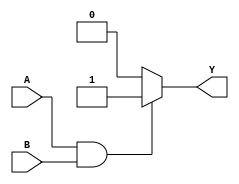
module AND_2_behavioral (output reg Y, input A, B);
always @ (A or B) begin
    if (A == 1'b1 & B == 1'b1) begin
        Y = 1'b1;
    end
    else 
        Y = 1'b0; 
end
endmodule

module AND_2_behavioral_tb;
reg A, B;
wire Y;
AND_2_behavioral Indtance0 (Y, A, B);
initial begin
    A = 0; B = 0;
 #1 A = 0; B = 1;
 #1 A = 1; B = 0;
 #1 A = 1; B = 1;
end
initial begin
    $monitor ("%t | A = %d| B = %d| Y = %d", $time, A, B, Y);
    $dumpfile("dump.vcd");
    $dumpvars();
end
endmodule